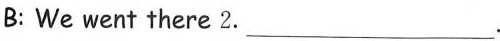
B: We went there 2.___.